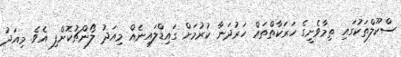
ސްކޫލްތަކުގައި ތިމާވެށީގެ ހަރަކާތްތައް ހަރުދަނާ ކުރުމަށް ގައިޑްލައިނެއް މިއަދު ލޯންޗުކޮށްފި އެވެ. މިއަދު